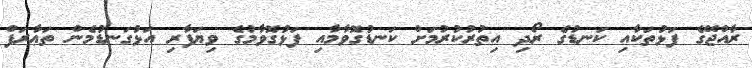
ރާއްޖޭގެ ފަޅުތަކާއި ކަނޑުގެ ރޯދި އިތުރުކުރުމަށް ކަނޑުގޮވާމާއި ފަޅުގޮވާމުގެ ވިޔަފާރި އަޅުގަނޑުމެން ތަޢާރަފް